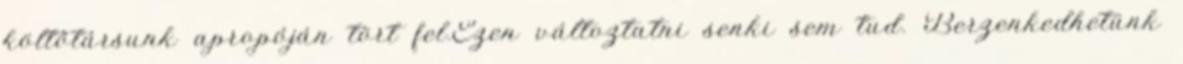
költőtársunk apropóján tört fel.Ezen változtatni senki sem tud. Berzenkedhetünk